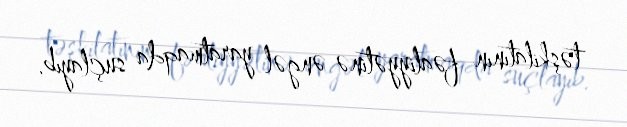
təşkilatının fəaliyyətinə əngəl yaratmaqda suçlayıb.